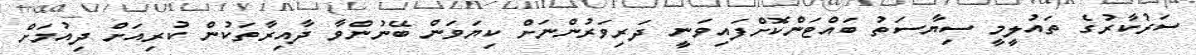
ސަރުކާރުގެ ތައުލީމީ ސިޔާސަތު ބައްޓަންކޮށްފައިވަނީ ދަރިވަރުންނަށް ކިޔަވަން ބޭނުންވާ ދާއިރާތަކުން ކުރިއަށް ދިއުމަށް